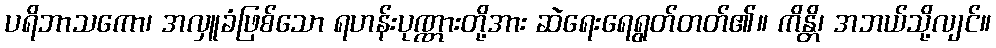
ပရိဘာသကော၊ အလှူခံဖြစ်သော ရဟန်းပုဏ္ဏားတို့အား ဆဲရေးရေရွတ်တတ်၏။ ကိန္တိ၊ အဘယ်သို့လျင်။